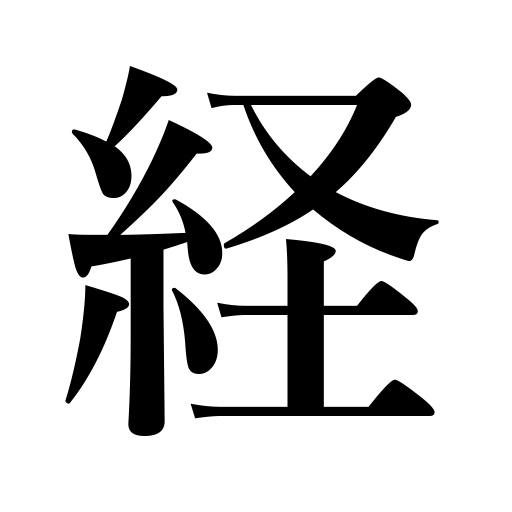
Meanings: longitude,pass through,warp,elapse,experience,pass,sutra